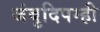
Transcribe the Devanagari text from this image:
जंबुदिपम्ही